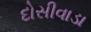
દોસીવાડા